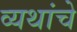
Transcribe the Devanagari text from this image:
व्यथांचे